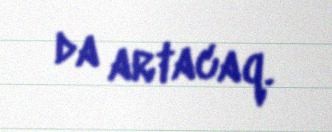
da artacaq.